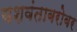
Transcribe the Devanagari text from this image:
यशवंताबरोबर